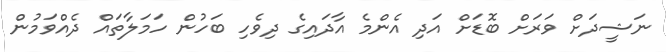
ނަޝީދަށް ވަރަށް ބޮޑަށް އަދި އެންމެ އާދައިގެ ދިވެހި ބަހުން ހަމަލާތައް ދެއްވަމުން